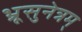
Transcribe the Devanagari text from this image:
भ्रूसुनेत्रम्